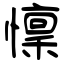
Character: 懍